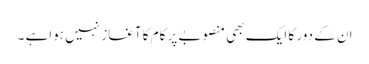
ان کے دور کا ایک بھی منصوبے پر کام کا آغاز نہیں ہواہے ۔